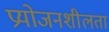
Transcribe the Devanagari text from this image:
प्रयोजनशीलता